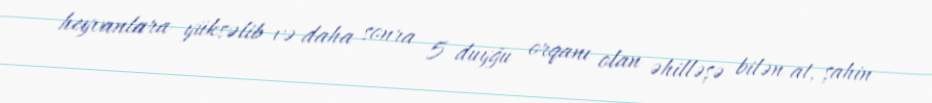
heyvanlara yüksəlib və daha sonra 5 duyğu orqanı olan əhilləşə bilən at, şahin